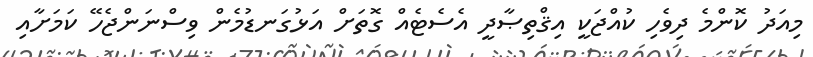
މިއަދު ކޮންމެ ދިވެހި ކުއްޖަކީ އިޤްތިޞާދީ އެސެޓެއް ގޮތަށް އަޅުގަނޑުމެން ވިސްނަންޖެހޭ ކަމަށާއި